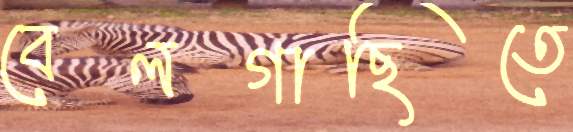
বেলগাছিতে